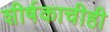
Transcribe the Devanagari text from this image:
शीर्षकाचीही